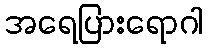
အရေပြားရောဂါ